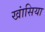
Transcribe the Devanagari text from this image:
खांसिया